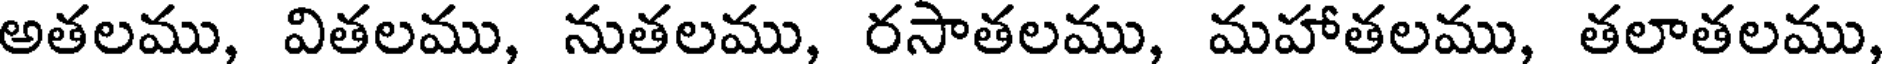
అతలము, వితలము, నుతలము, రసాతలము, మహాతలము, తలాతలము,